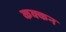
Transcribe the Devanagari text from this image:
कक्कन